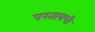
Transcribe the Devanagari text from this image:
परतायची